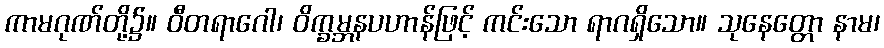
ကာမဂုဏ်တို့၌။ ဝီတရာဂေါ၊ ဝိက္ခမ္ဘနပဟာန်ဖြင့် ကင်းသော ရာဂရှိသော။ သုနေတ္တော နာမ၊